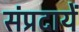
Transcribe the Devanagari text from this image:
संप्रदायें